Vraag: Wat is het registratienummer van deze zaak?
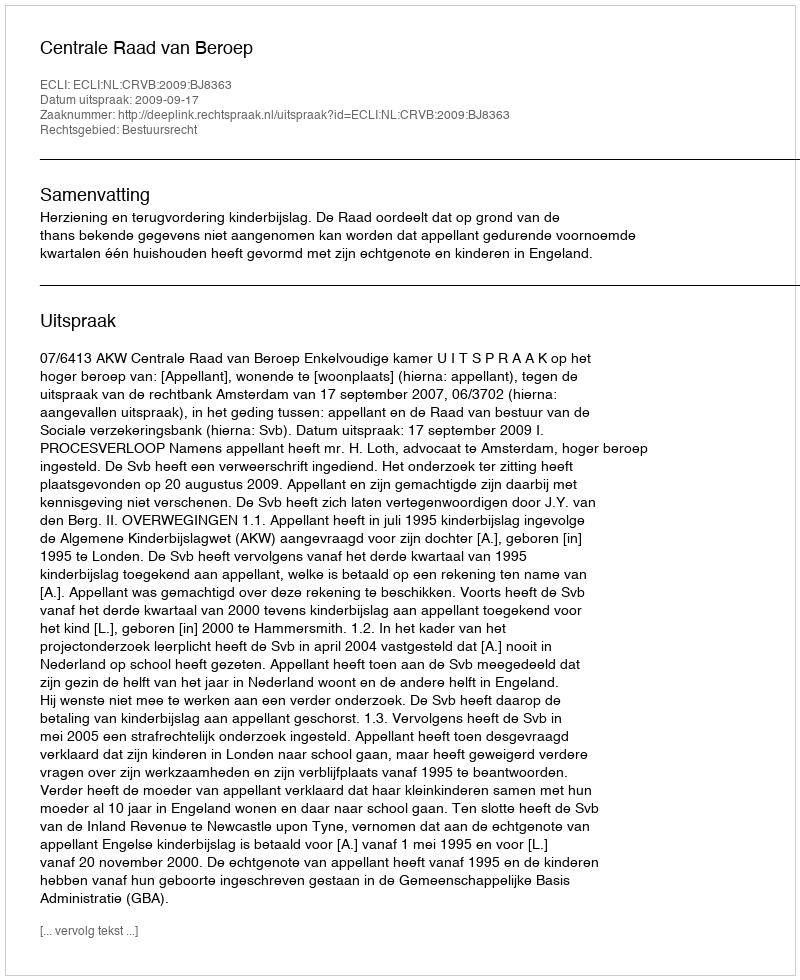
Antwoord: http://deeplink.rechtspraak.nl/uitspraak?id=ECLI:NL:CRVB:2009:BJ8363